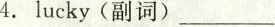
4.lucky(副词)___